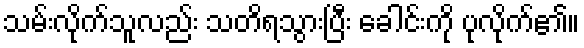
သမ်းလိုက်သူလည်း သတိရသွားပြီး ခေါင်းကို ပုလိုက်၏။